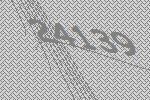
24139